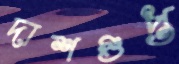
দাশগুপ্ত